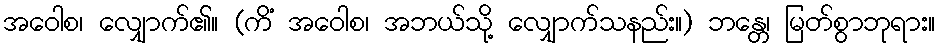
အဝေါစ၊ လျှောက်၏။ (ကိံ အဝေါစ၊ အဘယ်သို့ လျှောက်သနည်း။) ဘန္တေ၊ မြတ်စွာဘုရား။